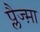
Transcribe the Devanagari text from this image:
प्लैज्म़ा